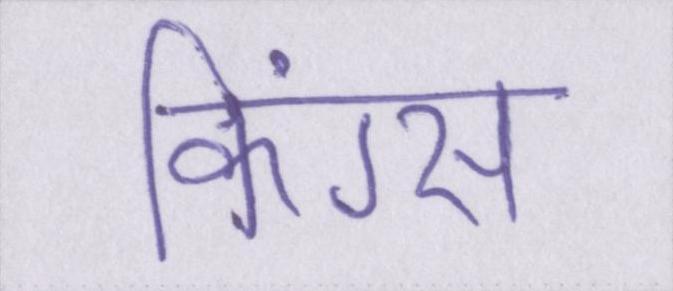
किंग्स